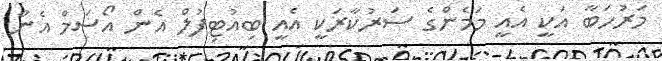
މަރުހަބާ އަކީ އެއީ މަމެންގެ ސަރުކާރަކީ އެއީ ބިއުޓިފުލް އެން އޯސަމް އެން